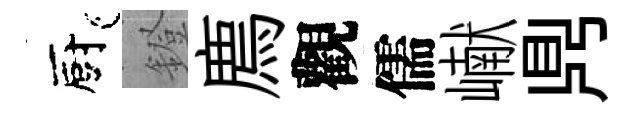
廚鐙廌觀儒𪩘𪔂